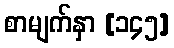
စာမျက်နှာ [၁၄၅]